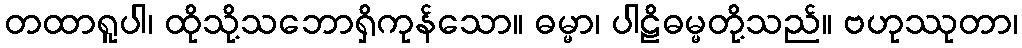
တထာရူပါ၊ ထိုသို့သဘောရှိကုန်သော။ ဓမ္မာ၊ ပါဠိဓမ္မတို့သည်။ ဗဟုဿုတာ၊